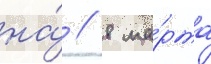
на́ // 8 ма́рта